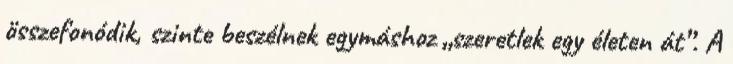
összefonódik, szinte beszélnek egymáshoz „szeretlek egy életen át”. A